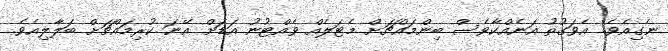
ނެގިއެވެ. އެވަގުތު އަނެއްކާވެސް ބިންމައްޗަށް މެޓަލެއް ވެއްޓުނު އަޑަށް އޭނަ ކުރިމައްޗަށް ބަލާލިއެވެ.